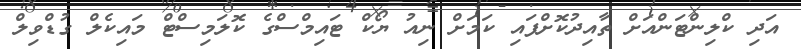
އަދި ކްލިންޓަންއަށް ތާއިދުކޮށްފައި ކަމަށް ނިއު ޔޯކް ޓައިމްސްގެ ކޮލަމިސްޓް މައިކެލް ގުޑްވިލް